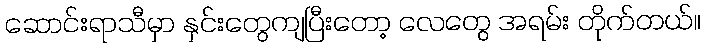
ဆောင်းရာသီမှာ နှင်းတွေကျပြီးတော့ လေတွေ အရမ်း တိုက်တယ်။